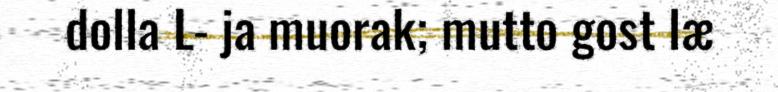
dolla L- ja muorak; mutto gost læ